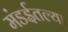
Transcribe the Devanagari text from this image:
मंडईतल्या